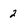
Character: 2